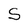
Character: S